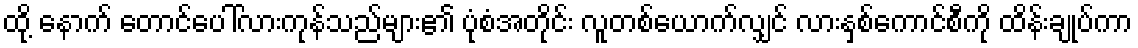
ထို့ နောက် တောင်ပေါ်လားကုန်သည်များ၏ ပုံစံအတိုင်း လူတစ်ယောက်လျှင် လားနှစ်ကောင်စီကို ထိန်းချုပ်ကာ